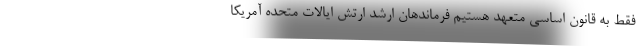
فقط به قانون اساسی متعهد هستیم فرماندهان ارشد ارتش ایالات متحده آمریکا